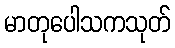
မာတုပေါသကသုတ်